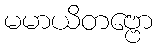
မမာယိတဗ္ဗော